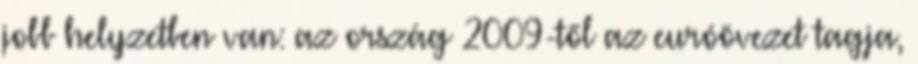
jobb helyzetben van: az ország 2009-től az euróövezet tagja,